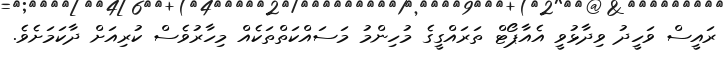
ރައީސް ވަހީދު ވިދާޅުވީ އެއާޕޯޓް ތަރައްގީގެ މުހިންމު މަސައްކަތްތަކެއް މިހާރުވެސް ކުރިއަށް ދާކަމަށެވެ.